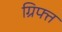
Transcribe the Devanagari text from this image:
ग्रिफ्त